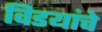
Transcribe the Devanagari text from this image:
विडयांचे